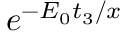
e ^ { - E _ { 0 } t _ { 3 } / x }